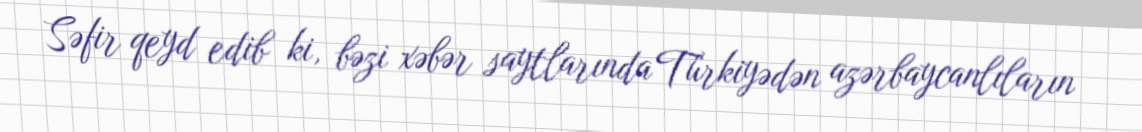
Səfir qeyd edib ki, bəzi xəbər saytlarında Türkiyədən azərbaycanlıların